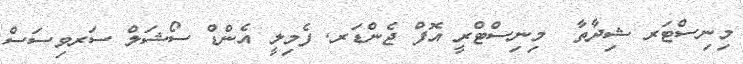
މިނިސްޓަރ ޝިދާތާ  މިނިސްޓްރީ އޮފް ޖެންޑަރ